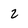
Character: 2